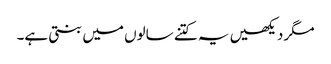
مگر دیکھیں یہ کتنے سالوں میں بنتی ہے۔